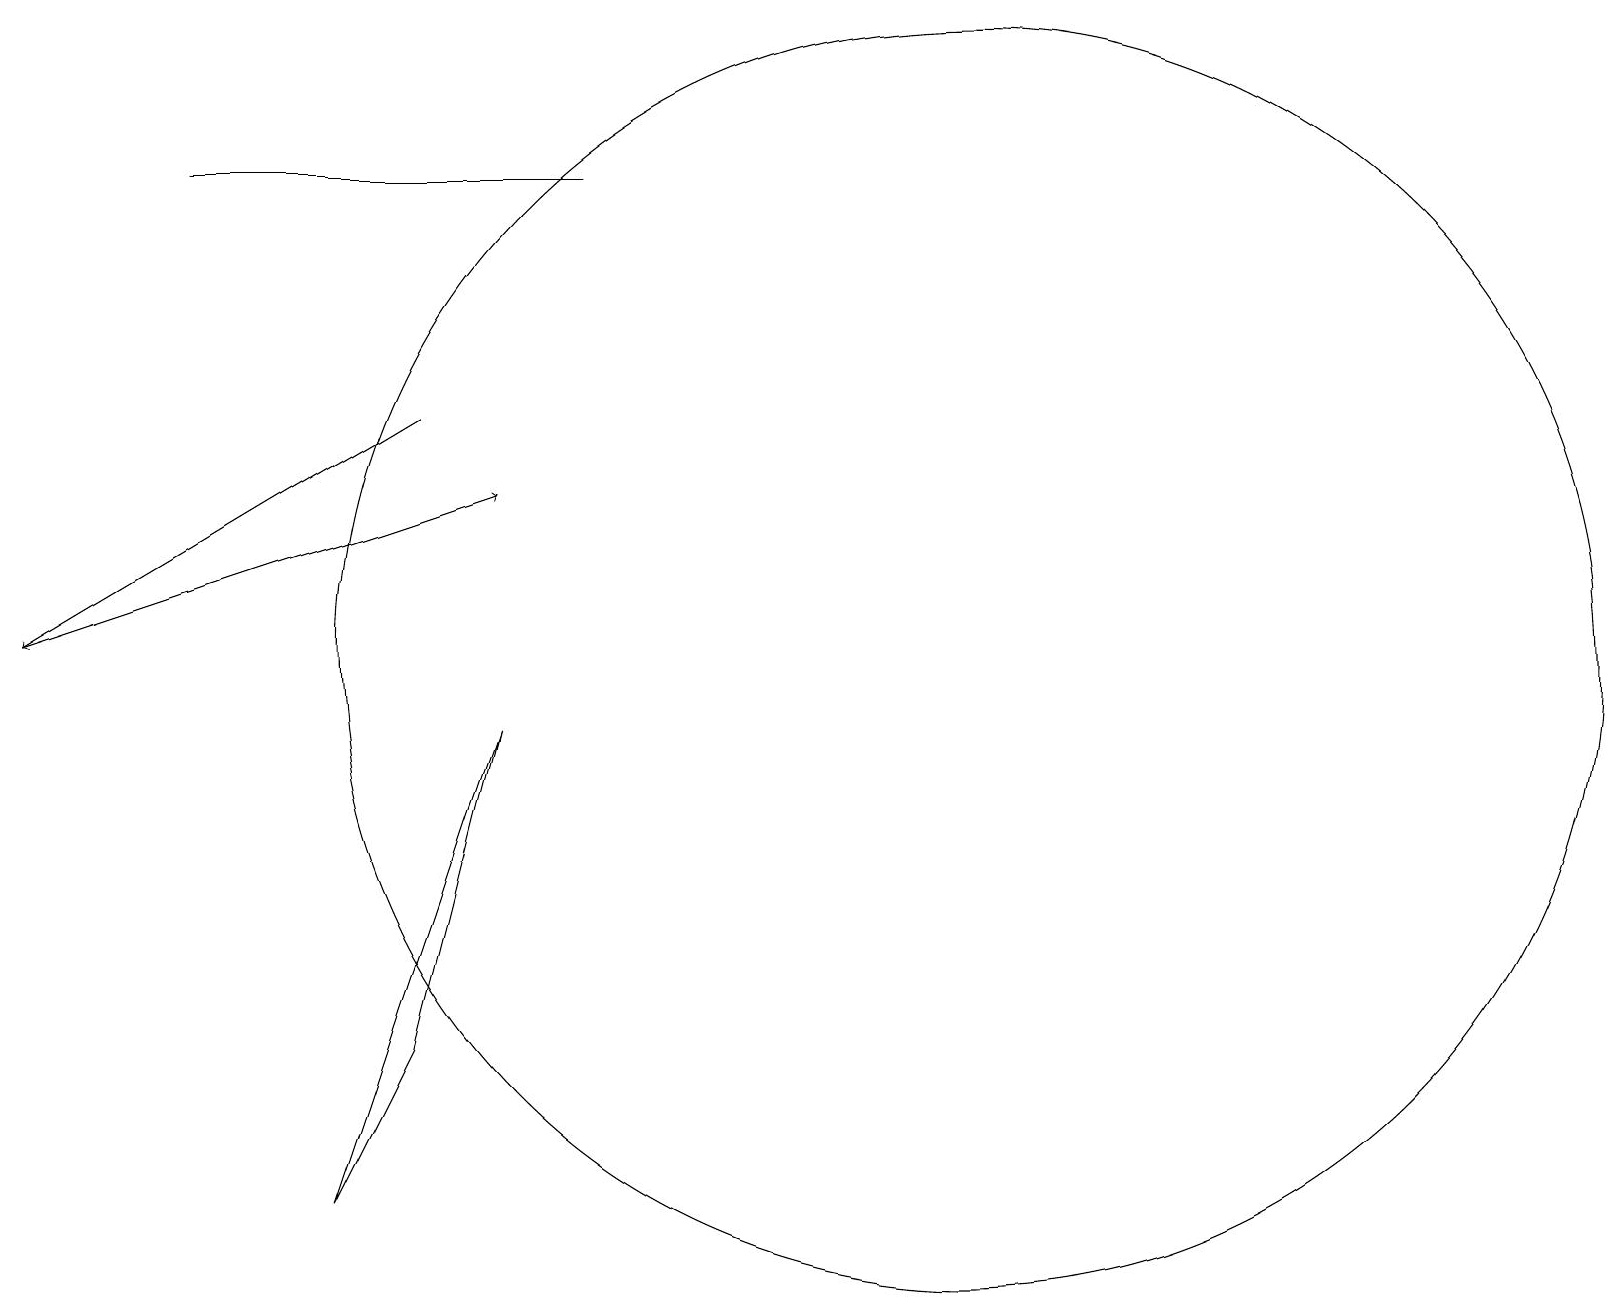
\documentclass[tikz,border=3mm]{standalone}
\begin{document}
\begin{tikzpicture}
\draw[->] (0,10) -- (6,12);
\draw[->] (5,13) -- (0,10);
\draw (12,10) circle (8);
\draw (5,5) -- (6,9) -- (4,3) -- cycle;
\draw (7,16) rectangle (2,16);
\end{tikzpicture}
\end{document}